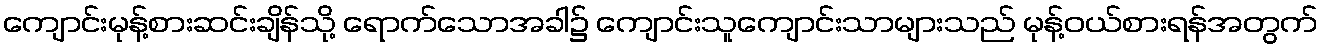
ကျောင်းမုန့်စားဆင်းချိန်သို့ ရောက်သောအခါ၌ ကျောင်းသူကျောင်းသာများသည် မုန့်ဝယ်စားရန်အတွက်